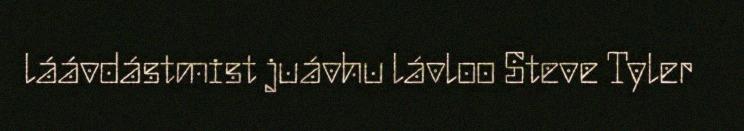
láávdástmist juávhu lávloo Steve Tyler